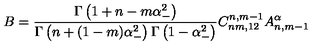
B = \frac { \Gamma \left( 1 + n - m \alpha _ { - } ^ { 2 } \right) } { \Gamma \left( n + ( 1 - m ) \alpha _ { - } ^ { 2 } \right) \Gamma \left( 1 - \alpha _ { - } ^ { 2 } \right) } C _ { n m , 1 2 } ^ { n , m - 1 } A _ { n , m - 1 } ^ { \alpha }